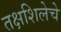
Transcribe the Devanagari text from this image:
तक्षशिलेचे